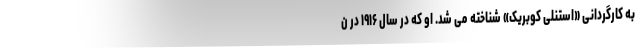
به کارگردانی «استنلی کوبریک» شناخته می شد. او که در سال ۱۹۱۶ در ن